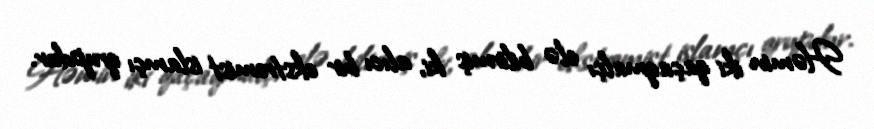
Həmin iki qaçaqmalçı elə bilirmiş ki, alıcı bir ekstremist islamçı qrupdur.